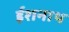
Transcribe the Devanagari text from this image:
ईशनाथ